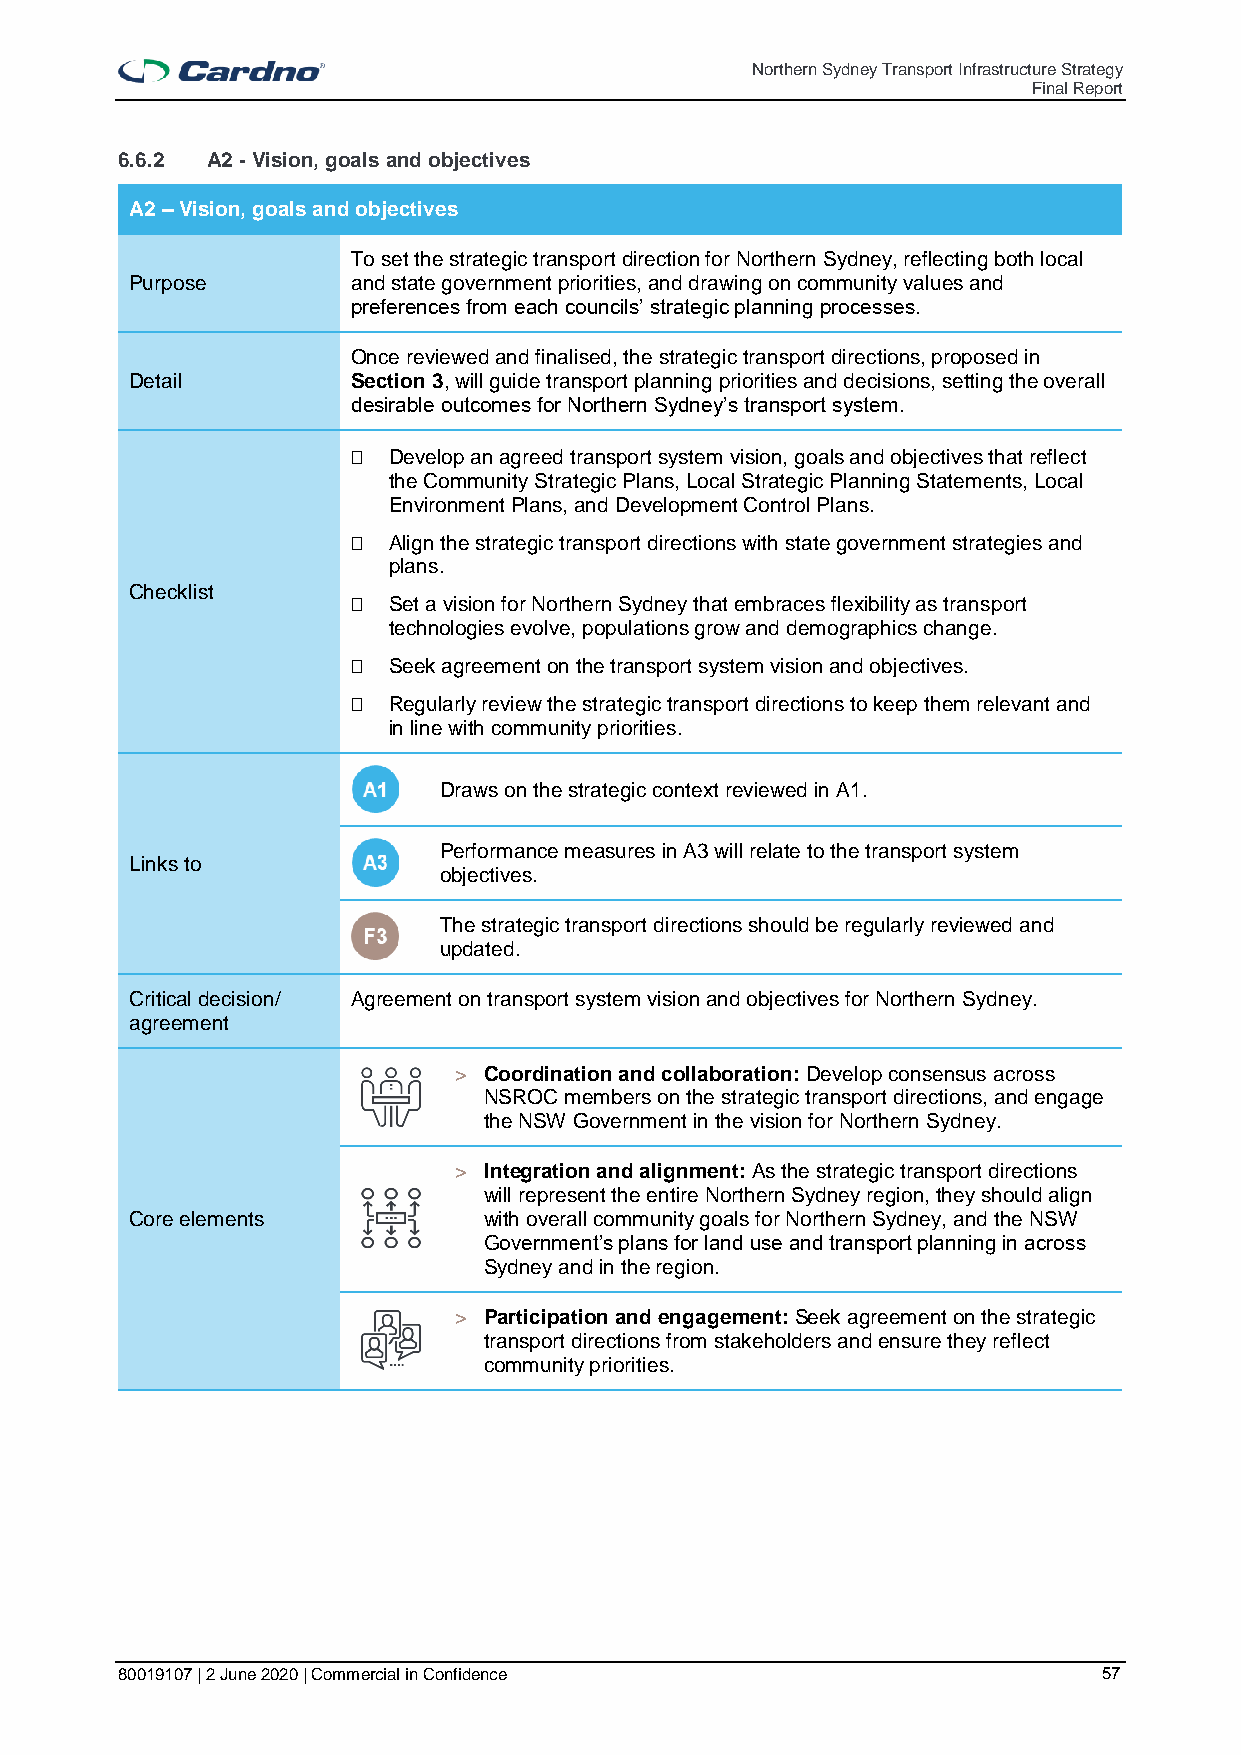
Northern Sydney Transport Infrastructure Strategy
 Final Report
 6.6.2 A2 - Vision, goals and objectives
 A2 – Vision, goals and objectives
 To set the strategic transport direction for Northern Sydney, reflecting both local
 Purpose       and state government priorities, and drawing on community values and
 preferences from each councils’ strategic planning processes.
 Once reviewed and finalised, the strategic transport directions, proposed in
 Detail        Section 3, will guide transport planning priorities and decisions, setting the overall
 desirable outcomes for Northern Sydney’s transport system.
   Develop an agreed transport system vision, goals and objectives that reflect
 the Community Strategic Plans, Local Strategic Planning Statements, Local
 Environment Plans, and Development Control Plans.
   Align the strategic transport directions with state government strategies and
 plans.
 Checklist
   Set a vision for Northern Sydney that embraces flexibility as transport
 technologies evolve, populations grow and demographics change.
   Seek agreement on the transport system vision and objectives.
   Regularly review the strategic transport directions to keep them relevant and
 in line with community priorities.
 Draws on the strategic context reviewed in A1.
 Performance measures in A3 will relate to the transport system
 Links to
 objectives.
 The strategic transport directions should be regularly reviewed and
 updated.
 Critical decision/ Agreement on transport system vision and objectives for Northern Sydney.
 agreement
 > Coordination and collaboration: Develop consensus across
 NSROC members on the strategic transport directions, and engage
 the NSW Government in the vision for Northern Sydney.
 > Integration and alignment: As the strategic transport directions
 will represent the entire Northern Sydney region, they should align
 Core elements          with overall community goals for Northern Sydney, and the NSW
 Government’s plans for land use and transport planning in across
 Sydney and in the region.
 > Participation and engagement: Seek agreement on the strategic
 transport directions from stakeholders and ensure they reflect
 community priorities.
 80019107 | 2 June 2020 | Commercial in Confidence                57